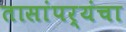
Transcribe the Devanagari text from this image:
तासांपर्यंचा